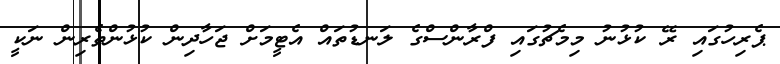
ޕެރިހުގައި ރޭ ކުޅުނު މިމެޗުގައި ފްރާންސްގެ ލަނޑުތައް އެޓީމަށް ޖަހާދިން ކުޅުންތެރިން ނަކީ